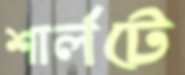
শার্লটে